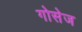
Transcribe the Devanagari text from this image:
गोसेज